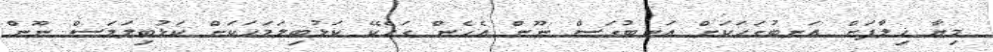
މިޔާ ޚިލާފަށް އަނބުގަހަކަށް އަނބުގަސް ނޫން އެހެން ގަހެކޭ ކަޅުބިލަމަހަކަށް ކަޅުބިލަމަސް ނޫން